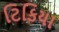
ટિકિયા